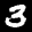
Label: 3